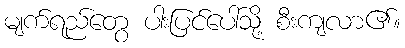
မျက်ရည်တွေ ပါးပြင်ပေါ်သို့ စီးကျလာ၏။